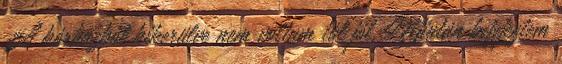
A kórházból kikerülve nem voltam túl jól. Miután befejeztem